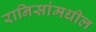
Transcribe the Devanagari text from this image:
रानिसांमधील